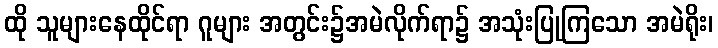
ထို သူများနေထိုင်ရာ ဂူများ အတွင်း၌အမဲလိုက်ရာ၌ အသုံးပြုကြသော အမဲရိုး၊